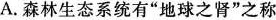
A.森林生态系统有“地球之肾”之称